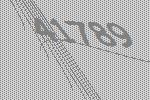
41789